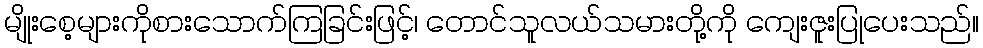
မျိုးစေ့များကိုစားသောက်ကြခြင်းဖြင့်၊ တောင်သူလယ်သမားတို့ကို ကျေးဇူးပြုပေးသည်။